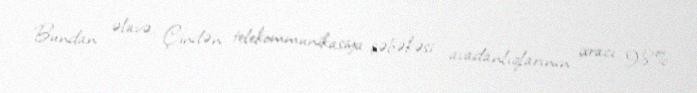
Bundan əlavə, Çindən telekommunikasiya şəbəkəsi avadanlıqlarının ixracı 98%